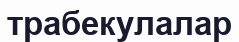
трабекулалар